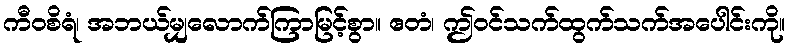
ကီဝစိရံ၊ အဘယ်မျှလောက်ကြာမြင့်စွာ။ ဧတံ၊ ဤဝင်သက်ထွက်သက်အပေါင်းကို။